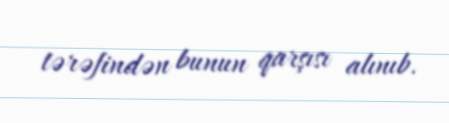
tərəfindən bunun qarşısı alınıb.